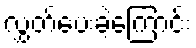
လွှတ်ပေးခဲ့ကြောင်း